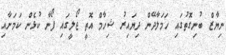
ނިޔާޒް ބުނިގޮތުގައި ހަމަލާދޭން ދިޔައިރު ޝިހާމް އޮތީ ޖޯލީގައި ފޯނާ ކުޅެން ކަމަށާއި